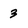
Character: 3